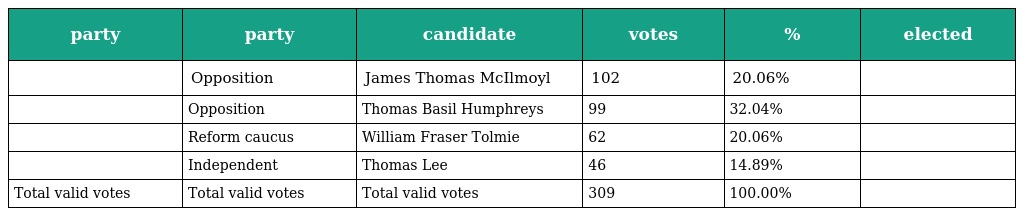
| party | party | candidate | votes | % | elected |
 | --- | --- | --- | --- | --- | --- |
 |  | Opposition | James Thomas McIlmoyl | 102 | 20.06% |  |
 |  | Opposition | Thomas Basil Humphreys | 99 | 32.04% |  |
 |  | Reform caucus | William Fraser Tolmie | 62 | 20.06% |  |
 |  | Independent | Thomas Lee | 46 | 14.89% |  |
 | Total valid votes | Total valid votes | Total valid votes | 309 | 100.00% |  |